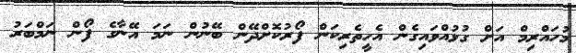
މުހައްރިމް އަށް ގުޅުއްވައިގެން އެހީތެރިކަން ފޯރުކޮށްދޭން ބޭނުން ނަމަ އޭނާގެ ފޯން ނަމްބަރު